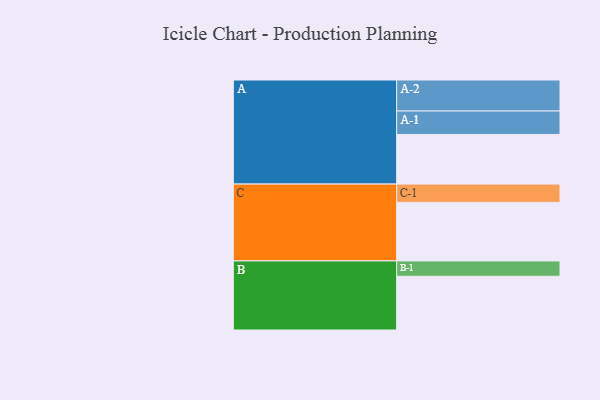
{"axis": {"x": "Segment", "y": "Value"}, "legend": ["", "A", "B", "C"], "data": [{"x": "A", "y": 437, "type": ""}, {"x": "B", "y": 473, "type": ""}, {"x": "C", "y": 515, "type": ""}, {"x": "A-1", "y": 206, "type": "A"}, {"x": "A-2", "y": 273, "type": "A"}, {"x": "B-1", "y": 135, "type": "B"}, {"x": "C-1", "y": 161, "type": "C"}]}